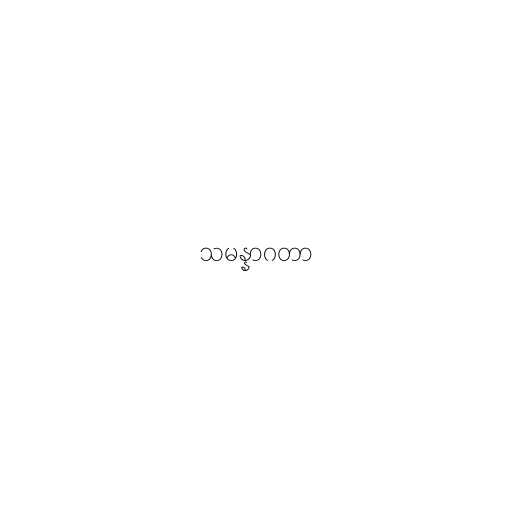
သမန္နာဂတာ